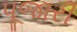
પૂજારી